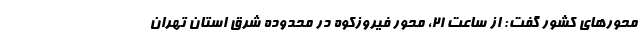
محورهای کشور گفت: از ساعت ۲۱، محور فیروزکوه در محدوده شرق استان تهران